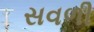
સવળી